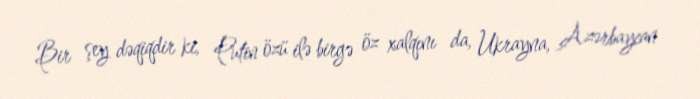
Bir şey dəqiqdir ki, Putin özü ilə birgə öz xalqını da, Ukrayna, Azərbaycan